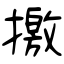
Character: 撽